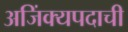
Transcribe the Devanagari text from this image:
अजिंक्यपदाची